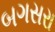
બગસરા